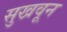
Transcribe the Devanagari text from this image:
सुखवून